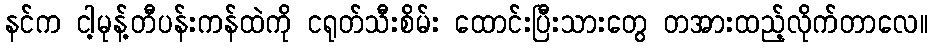
နင်က ငါ့မုန့်တီပန်းကန်ထဲကို ငရုတ်သီးစိမ်း ထောင်းပြီးသားတွေ တအားထည့်လိုက်တာလေ။